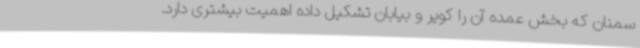
سمنان که بخش عمده آن را کویر و بیابان تشکیل داده اهمیت بیشتری دارد.